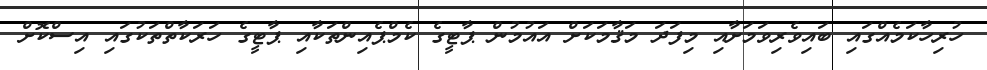
ހުރިހާކަމެއްގައި ބައިވެރިވަމަށާއި މިފަދަ މަޤާމަކަށް އައުމުން ޕާޓީގެ ކެމްޕެއިންތަކާއި ޕާޓީގެ ހަރަކާތްތަކުގައި އިސްކޮށް